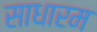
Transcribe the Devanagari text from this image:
साधारम